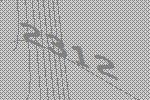
2312